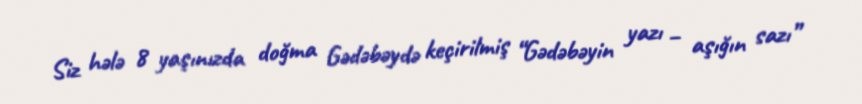
Siz hələ 8 yaşınızda doğma Gədəbəydə keçirilmiş “Gədəbəyin yazı – aşığın sazı”